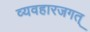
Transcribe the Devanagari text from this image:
व्यवहारजगत्‌